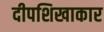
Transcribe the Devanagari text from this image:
दीपशिखाकार